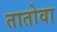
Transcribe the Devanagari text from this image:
तातोवा